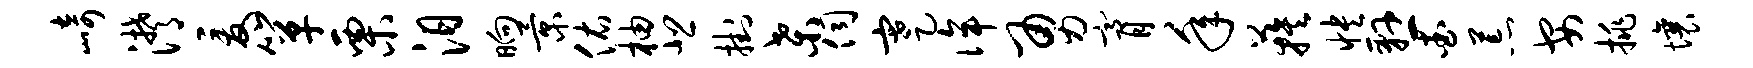
崎潸爰箪栗汨晌景佑柚悲挂桑伺蹇侔勇膏年蔟怏悬查荒安挑壤